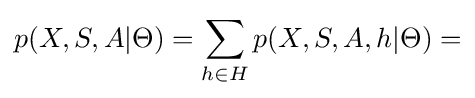
p(X,S,A|\Theta )=\sum _{h\in H}p(X,S,A,h|\Theta )=